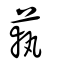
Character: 蓻